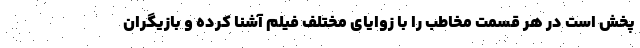
پخش است در هر قسمت مخاطب را با زوایای مختلف فیلم آشنا کرده و بازیگران